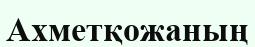
Ахметқожаның